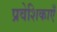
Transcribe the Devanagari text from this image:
प्रवेशिकाएँ